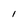
Character: I